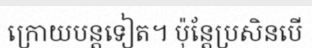
ក្រោយបន្តទៀត។ ប៉ុន្តែប្រសិនបើ